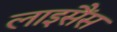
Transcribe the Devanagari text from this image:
लाइसैंस